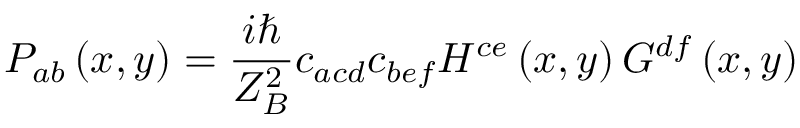
P _ { a b } \left( x , y \right) = \frac { i \hbar } { Z _ { B } ^ { 2 } } c _ { a c d } c _ { b e f } H ^ { c e } \left( x , y \right) G ^ { d f } \left( x , y \right)